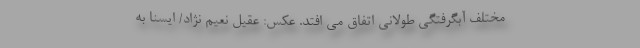
مختلف آبگرفتگی طولانی اتفاق می افتد. عکس: عقیل نعیم نژاد/ ایسنا به